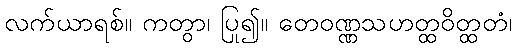
လက်ယာရစ်။ ကတွာ၊ ပြု၍။ တေဝဏ္ဏသဟတ္ထဝိတ္ထတံ၊